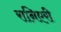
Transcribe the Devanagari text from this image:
रानिएरी